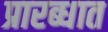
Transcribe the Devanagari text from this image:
प्रारब्धात